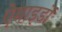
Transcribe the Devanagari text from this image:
ऐमाइडों